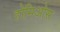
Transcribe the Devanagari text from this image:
होमिओस